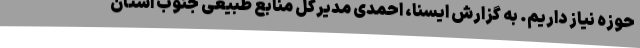
حوزه نیاز داریم. به گزارش ایسنا، احمدی مدیرکل منابع طبیعی جنوب استان